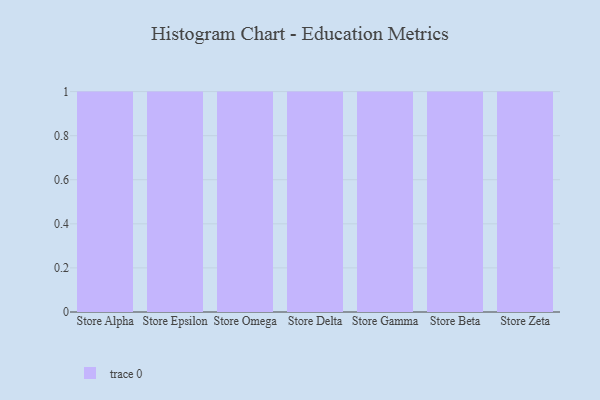
{"axis": {"x": "Store", "y": "Headcount"}, "legend": [""], "data": [{"x": "Store Alpha", "y": 85, "type": ""}, {"x": "Store Epsilon", "y": 83, "type": ""}, {"x": "Store Omega", "y": 45, "type": ""}, {"x": "Store Delta", "y": 1, "type": ""}, {"x": "Store Gamma", "y": 30, "type": ""}, {"x": "Store Beta", "y": 68, "type": ""}, {"x": "Store Zeta", "y": 80, "type": ""}]}